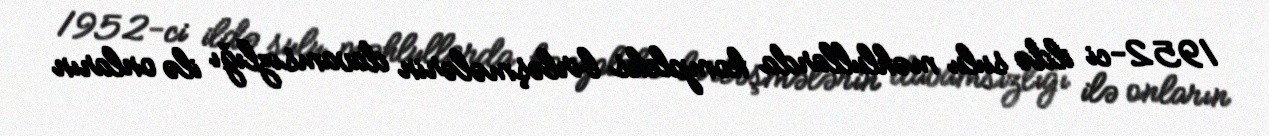
1952-ci ildə sulu məhlullarda kompleks birləşmələrin davamsızlığı ilə onların